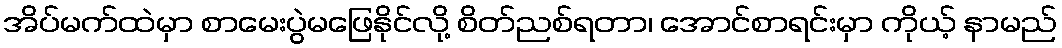
အိပ်မက်ထဲမှာ စာမေးပွဲမဖြေနိုင်လို့ စိတ်ညစ်ရတာ၊ အောင်စာရင်းမှာ ကိုယ့် နာမည်